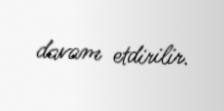
davam etdirilir.